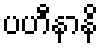
ပဟီနာနိ